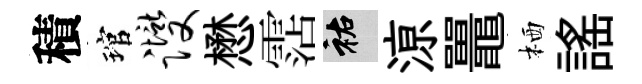
積琯躞懋霑祐鿌鼉栖謡